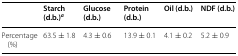
|  | Starch (d.b.)a | Glucose (d.b.) | Protein (d.b.) | Oil (d.b.) | NDF (d.b.) |
 | --- | --- | --- | --- | --- | --- |
 | Percentage (%) | 63.5 ± 1.8 | 4.3 ± 0.6 | 13.9 ± 0.1 | 4.1 ± 0.2 | 5.2 ± 0.9 |